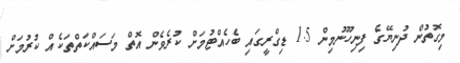
މިގޮތުން ދުނިޔޭގެ ފިނިހޫނުމިން 1.5 ޑިގްރީގައި ބެހެއްޓުމަށް ކުރެވެން އޮތް މަސައްކަތްތަކެއް ކުރުމަށް